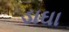
ડાઘા